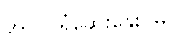
အလုပ်ရုံဆွေးနွေးပွဲမှ